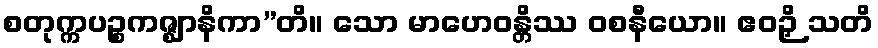
စတုက္ကပဉ္စကဇ္ဈာနိကာ”တိ။ သော မာဟေဝန္တိဿ ဝစနီယော။ ဧဝဉှိ သတိ